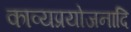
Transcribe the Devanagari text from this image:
काव्यप्रयोजनादि